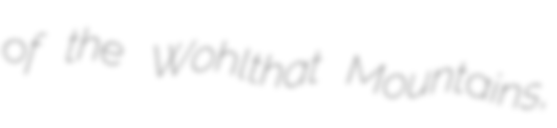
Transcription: of the Wohlthat Mountains,